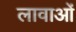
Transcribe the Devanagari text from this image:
लावाओं